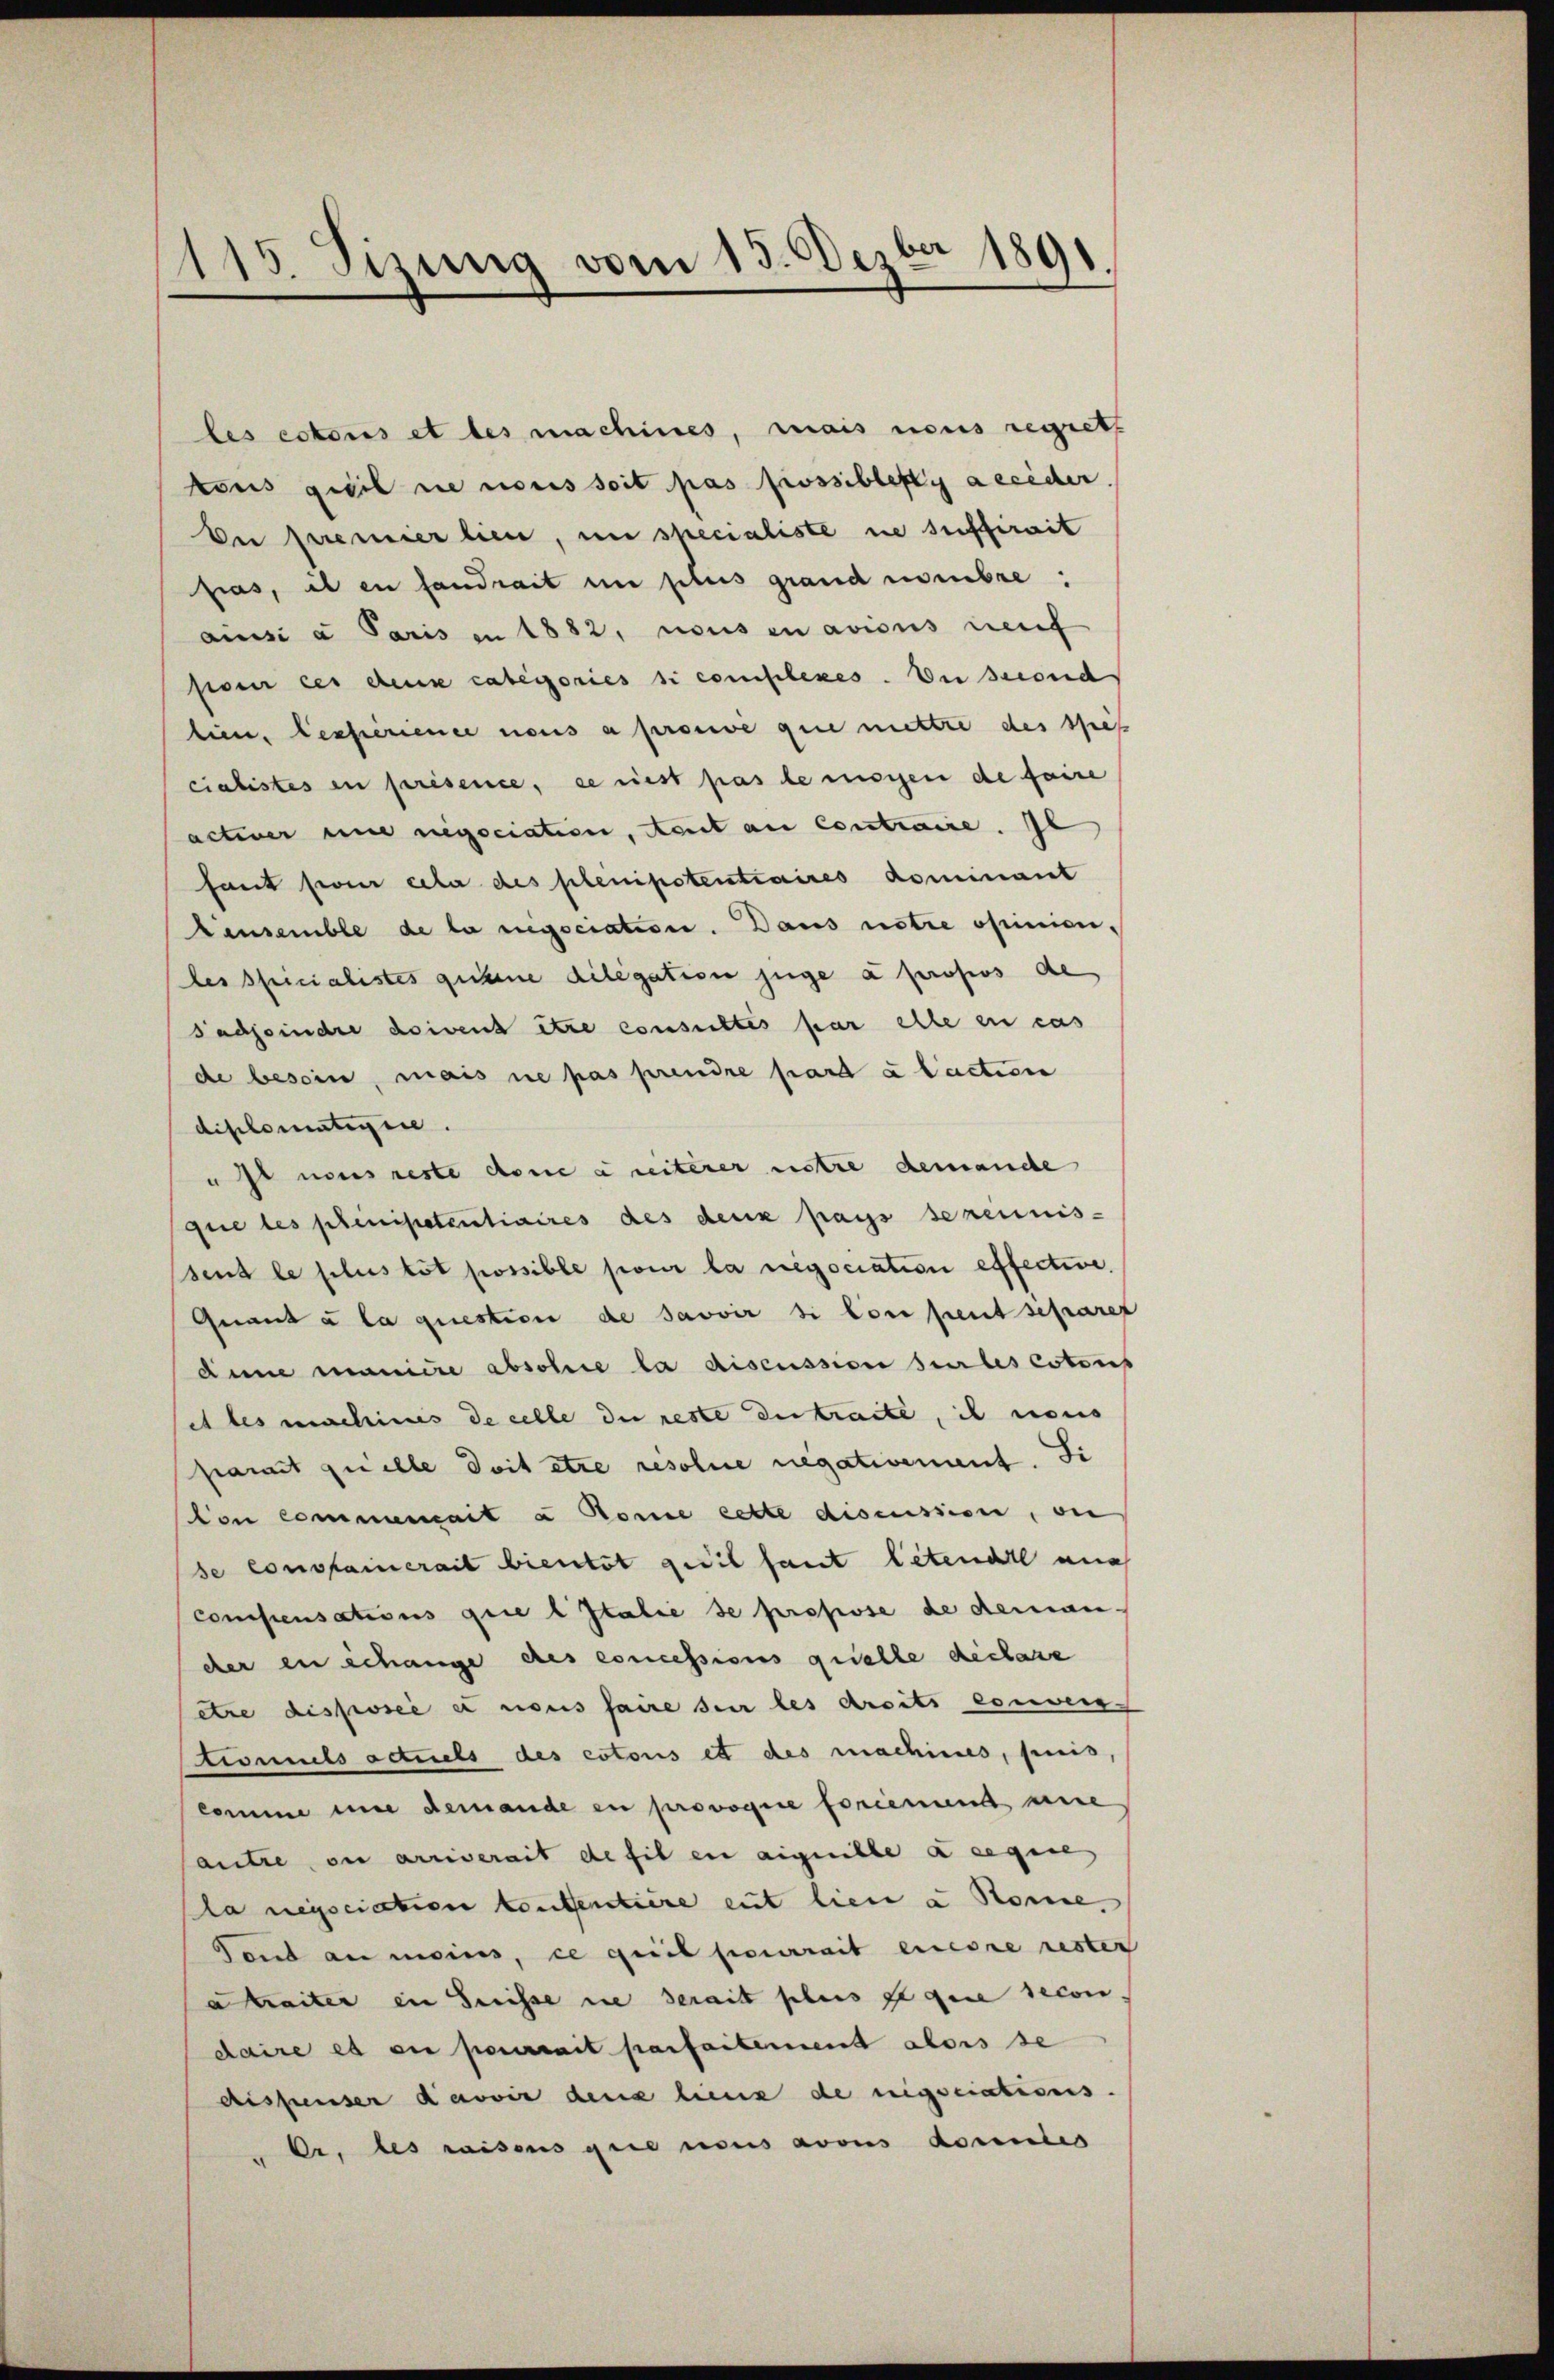
115. Sizung vom 15. Dezbr 1891
.

les ectoris et des machines, mais nous regreth
tous viel nie nous soit pas possibletti accider
Der premier lien, in specialiste ne suffirait
fras, il en fandrait in plus grand membre:
aisi a Paris in 1882, nous en avions neuf
sesen des deine categories si complexes. Du secouch
lien. Desserience nous a prouve que mettre des spes
cialistes in présence, se riest pas le mischen de faire
activer und negociation, Aeut au contraire. Il
fant si cela des plenipotentiaires dommant
Cansemble de la regociation. Dans notre opinianles specialistes gehene diligation juge à propos de
sadfinde doivent être consultes par elle en cas
de besoin, mais ne pas prendre part à l’action
diplomatisire.
u ist nous reste donne zweiterer netze demanche
que les plenipotentiaires des deux pays sereinis-
sent le plus tot possible pour la négociation effective.
Quant à la question de savoir si lon peut scharef
dinne manice abschie la discussion sur les cotorp
set des unschines de celle die reste der traite, is nous
parait quelle doit être resolue negativement. Si
lon commenhait a Rome cette discussion, ou
se constainerait bienst gesit fant letende au
Compensations quie l Italie se propose de demander in Schange des concessions quelle deshase
ette disposée es nous faire sur les Arciti conven
tionals actuels des ectonis et des machines, puis,
comme eine demande en provoque forienund nie
autre ou arriverait de fil en aiguille a eegese
la negociation kontentiere eut lien u Sonne
Fond an meins, ce quil pourrait encore rester
a faiter in Suisse in derait plus gegen secon
daire es en pourrait parfaitement alors se
Aispenser davoir dene lienz de nigsciations.
Oe. des raisens que nous avous donnes